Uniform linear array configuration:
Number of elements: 64
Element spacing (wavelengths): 0.75
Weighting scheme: exponential
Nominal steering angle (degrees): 30
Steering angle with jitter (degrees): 30.157
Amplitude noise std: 0.05
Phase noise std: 0.05

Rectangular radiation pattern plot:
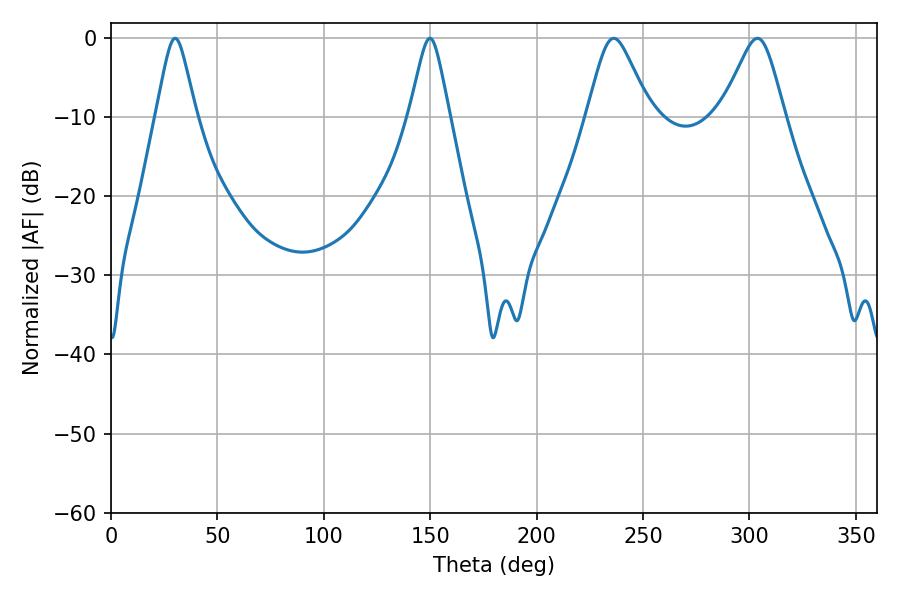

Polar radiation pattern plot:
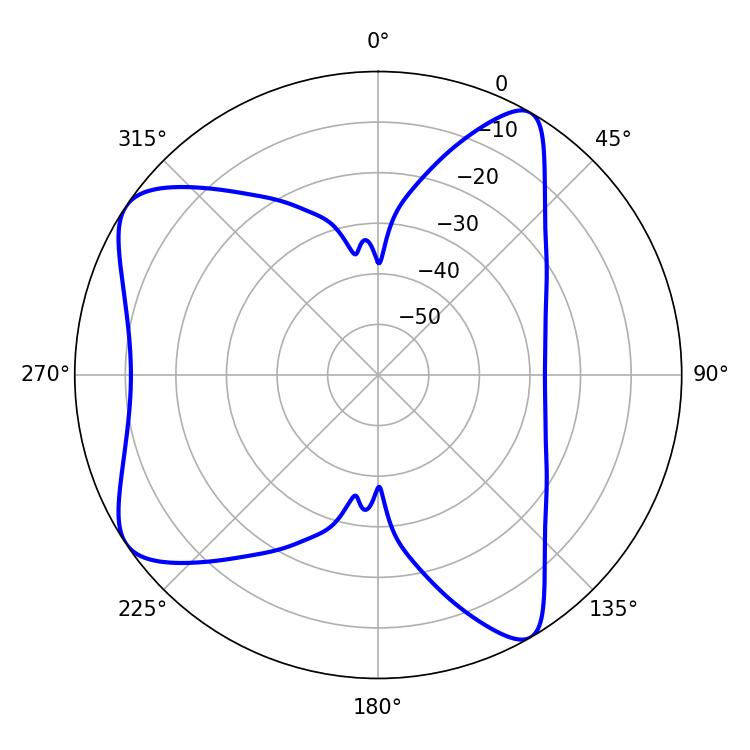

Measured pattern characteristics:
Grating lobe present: TRUE
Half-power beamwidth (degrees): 14.22
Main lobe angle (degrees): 236.16